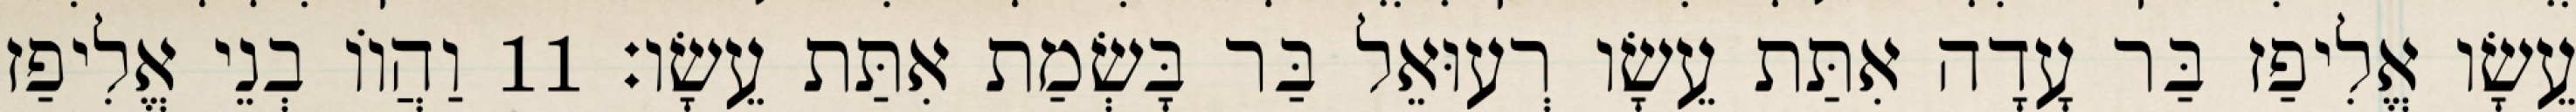
עֵשָׂו אֱלִיפַז בַּר עָדָה אִתַּת עֵשָׂו רְעוּאֵל בַּר בָּשְׂמַת אִתַּת עֵשָׂו׃ 11 וַהֲווֹ בְנֵי אֱלִיפַז